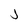
Character: j